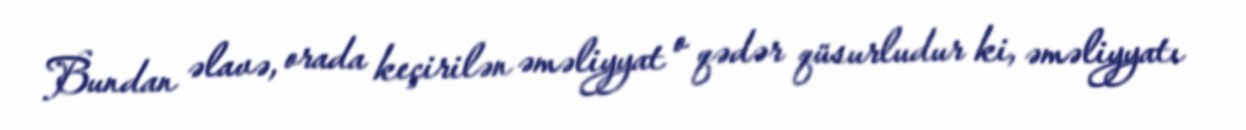
Bundan əlavə, orada keçirilən əməliyyat o qədər qüsurludur ki, əməliyyatı